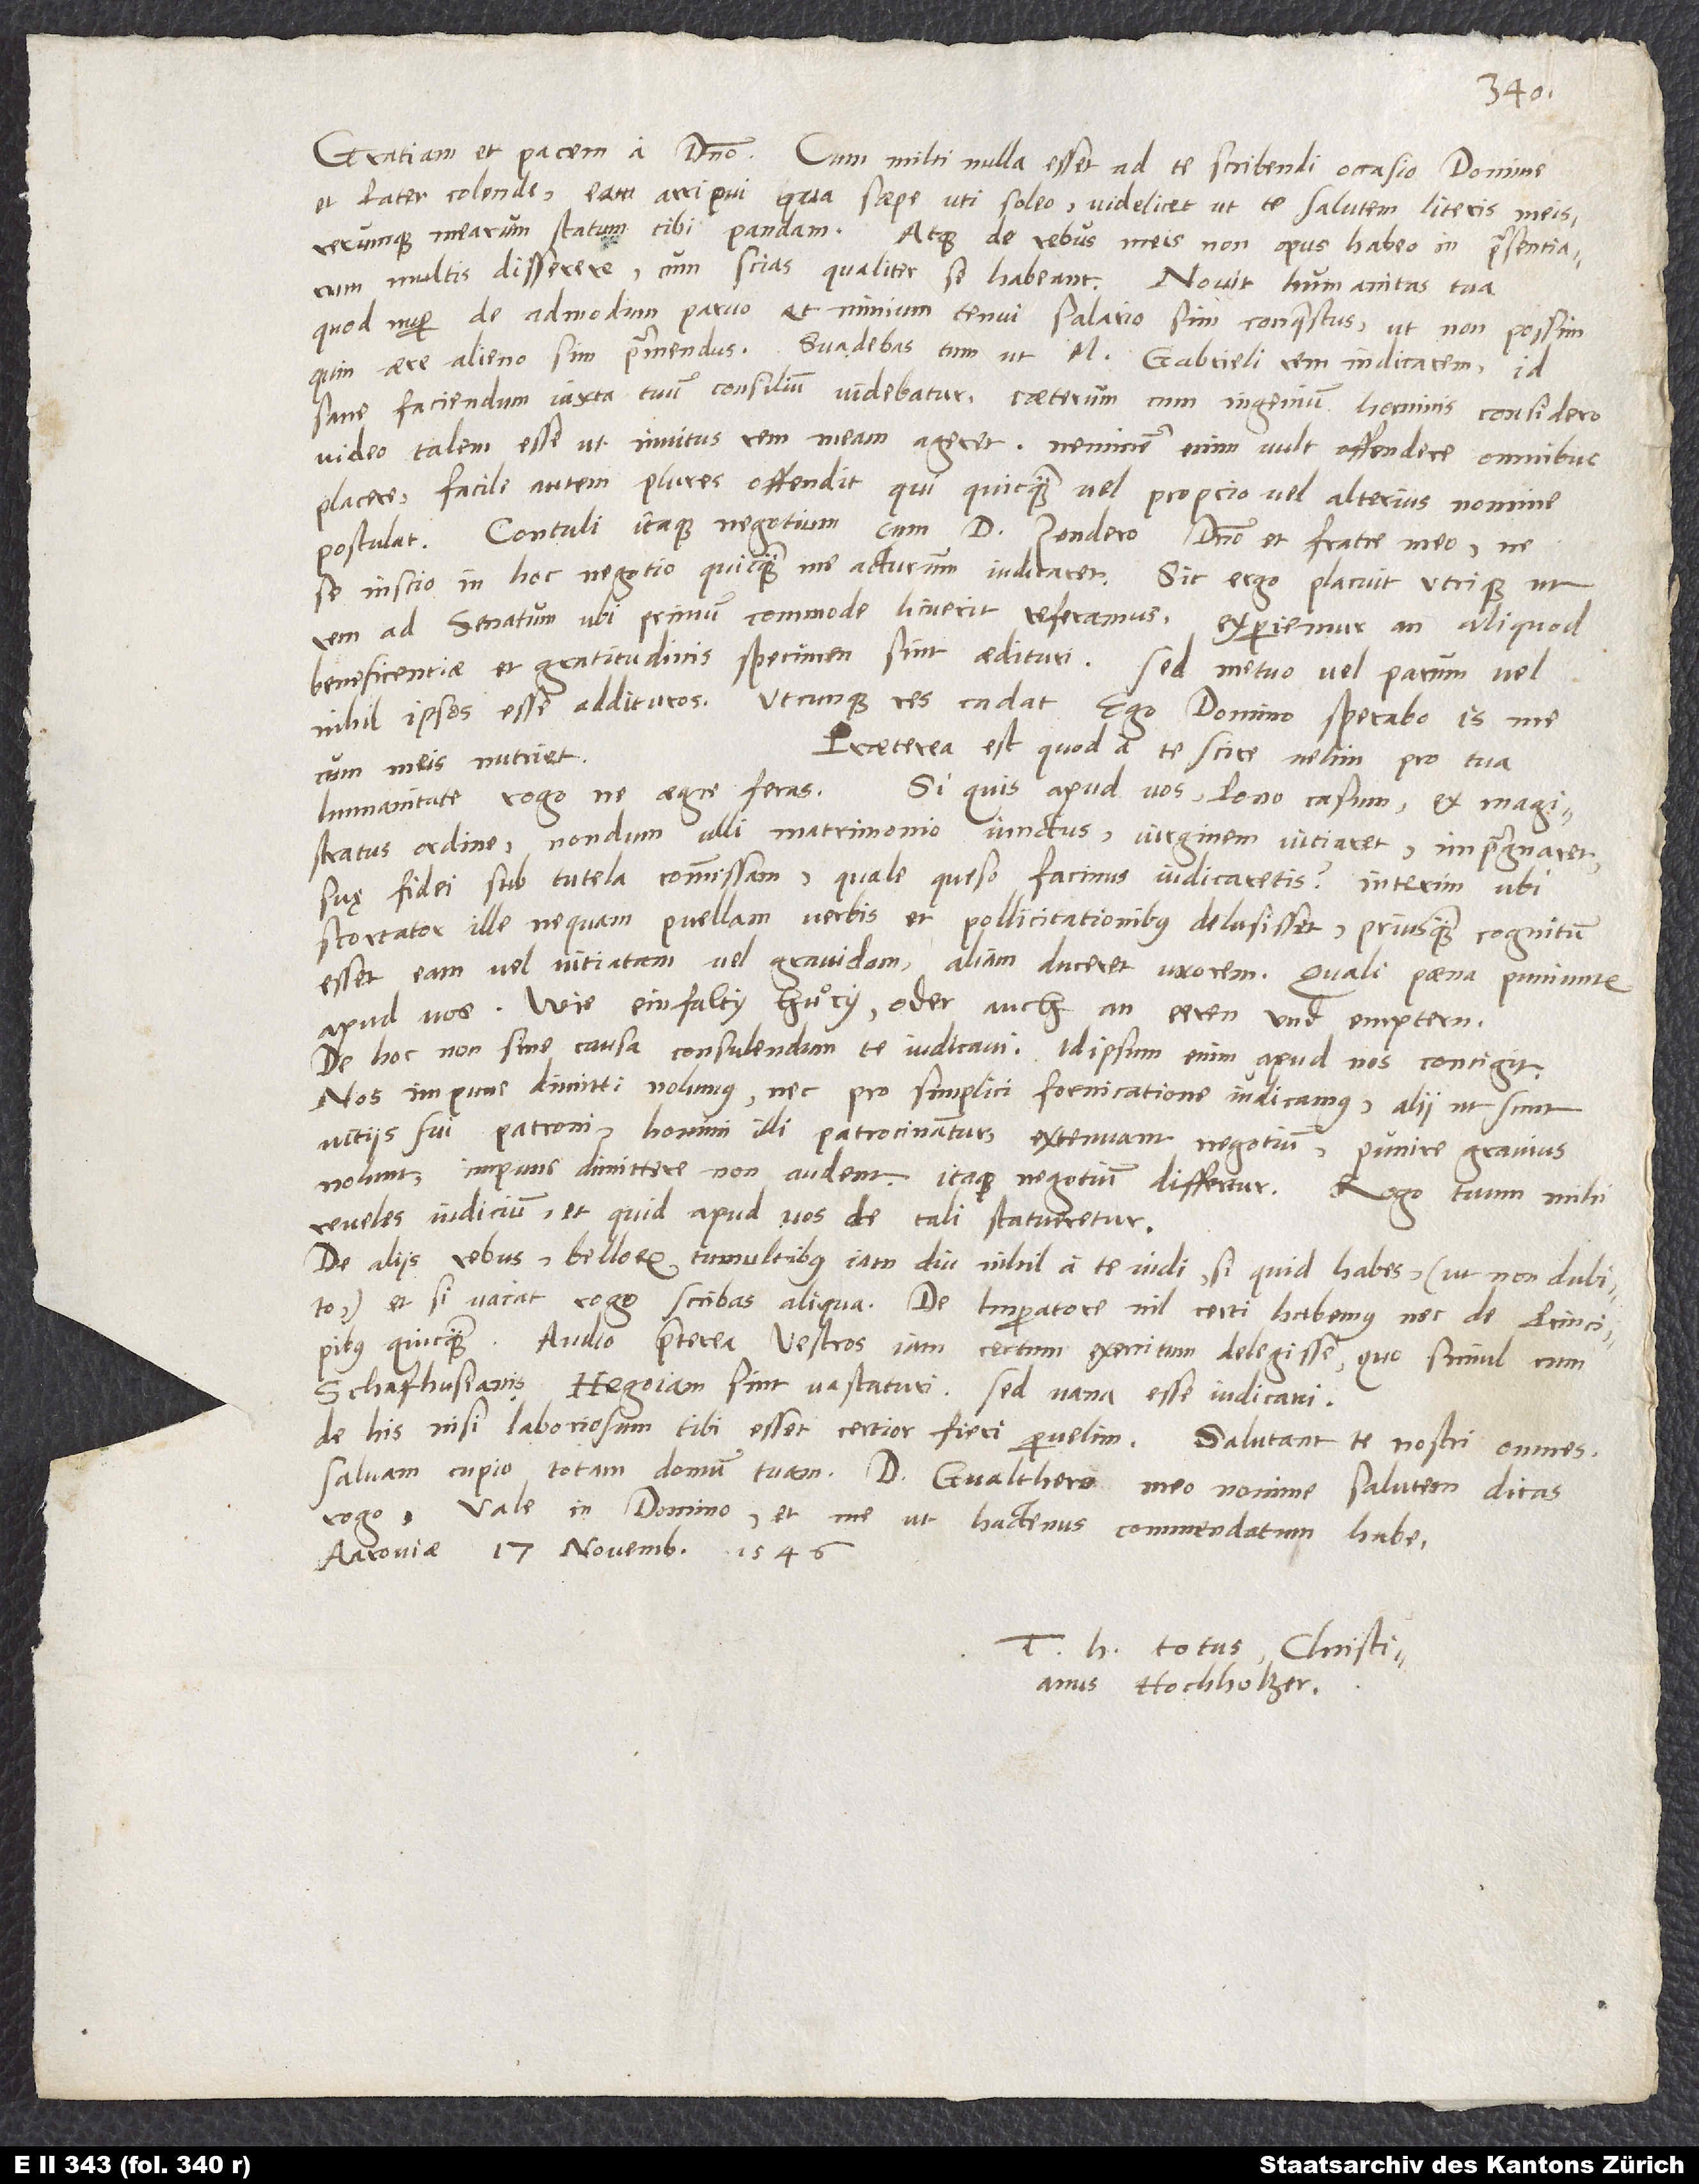
Gratiam et pacem a domino. Cum mihi nulla esset ad te scribendi occasio, domine
et pater colende, eam arripui, qua saepe uti soleo, videlicet ut te salutem literis meis
rerumque mearum statum tibi pandam. Atque de rebus meis non opus habeo in praesentiarum
multis disserere, cum scias, qualiter se habeant. Novit humanitas tua,
quod nuper de admodum parvo et nimium tenui salario sim conquestus, ut non possim,
quin aere alieno sim premendus. Suadebas tum, ut m. Gabrieli rem indicarem. Id
sane faciendum iuxta tuum consilium videbatur. Caeterum, cum ingenium hominis considero,
video talem esse, ut invitus rem meam ageret. Neminem enim vult offendere, omnibus
placere; facile autem plures offendit, qui quicquam vel proprio vel alterius nomine
postulat. Contuli itaque negotium cum d. Zendero, domino et fratre meo, ne
se inscio in hoc negotio quicquam me acturum iudicaret. Sic ergo placuit utrique, ut
rem ad senatum, ubi primum commode licuerit, referamus. Experiemur, an aliquod
beneficentiae et gratitudinis specimen sint aedituri; sed metuo vel parum vel
nihil ipsos esse addituros. Utcunque res cadat, ego domino sperabo. Is me
Praeterea est, quod a te scire velim. Pro tua
cum meis nutriet.
Si quis apud vos (pono casum) ex magistratus
humanitate rogo, ne aegre feras.
ordine nondum ulli matrimonio iunctus, virginem vitiaret, impraegnaret
suę fidei sub tutela commissam, quale, queso, facinus iudicaretis? Interim, ubi
scortator ille nequam puellam verbis et pollicitationibus delusisset, priusquam cognitum
esset eam vel vitiatam vel gravidam, aliam duceret uxorem. Quali poena puniuntur
apud vos? Wie einfalty huͦry oder auch an eeren und emptern?
De hoc non sine causa consulendum te iudicavi. Idipsum enim apud nos contigit.
Nos impune dimitti nolumus, nec pro simplici fornicatione iudicamus. Alii, ut sunt
vitiis sui patroni, homini illi patrocinantur. Extenuant negotium. Punire gravius
nolunt, impune dimittere non audent; itaque negotium differtur.
Rogo, tuum mihi
reveles iudicium et quid apud vos de tali statueretur.
De aliis rebus, bellorum tumultibus, iam diu nihil a te vidi. Si quid habes (ut non dubito)
et si vacat, rogo scribas aliqua. De imperatore nil certi habemus nec de principibus
quicquam. Audio praeterea vestros iam certum exercitum delegisse, quo simul cum
Schafhusianis Hegoiam sint vastaturi. Sed vana esse iudicavi.
De his, nisi laboriosum tibi esset, certior fieri pervelim. Salutant te nostri omnes.
Salvam cupio totam domum tuam. D. Gvalthero meo nomine salutem dicas,
rogo. Vale in domino et me ut hactenus commendatum habe.
Aaroviae, 17. novembris 1546.
totus Christianus
Hochholzer.